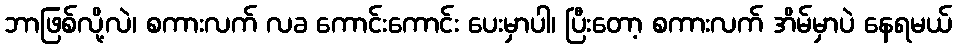
ဘာဖြစ်လို့လဲ၊ စကားလက် လခ ကောင်းကောင်း ပေးမှာပါ၊ ပြီးတော့ စကားလက် အိမ်မှာပဲ နေရမယ်